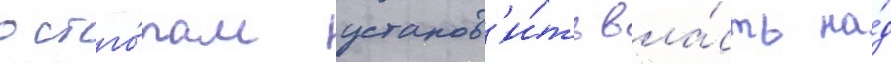
остго́там установ'и́ть вла́сть на́д